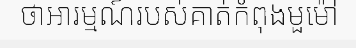
ថាអារម្មណ៍របស់គាត់កំពុងមួម៉ៅ